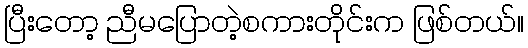
ပြီးတော့ ညီမပြောတဲ့စကားတိုင်းက ဖြစ်တယ်။